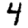
Digit: 4